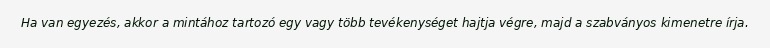
Ha van egyezés, akkor a mintához tartozó egy vagy több tevékenységet hajtja végre, majd a szabványos kimenetre írja.